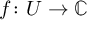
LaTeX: f \colon U \to \mathbb { C }